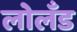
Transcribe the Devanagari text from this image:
लोलँड